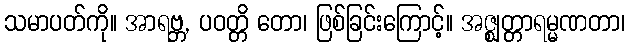
သမာပတ်ကို။ အာရဗ္ဘ, ပဝတ္တိ တော၊ ဖြစ်ခြင်းကြောင့်။ အဇ္ဈတ္တာရမ္မဏတာ၊